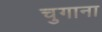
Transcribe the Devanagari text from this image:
चुगाना